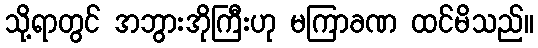
သို့ရာတွင် အဘွားအိုကြီးဟု မကြာခဏ ထင်မိသည်။